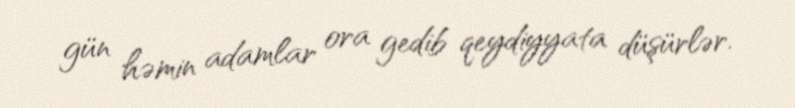
gün həmin adamlar ora gedib qeydiyyata düşürlər.